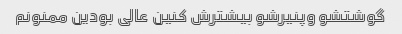
گوشتشو وپنیرشو بیشترش کنین عالی بودین ممنونم